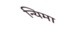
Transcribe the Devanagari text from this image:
न्यिमा